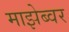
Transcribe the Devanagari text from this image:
माझेब्वर